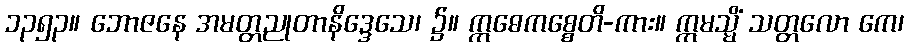
၁၃၅၃။ ဘောဇနေ အမတ္တညုတာနိဒ္ဒေသေ၊ ၌။ ဣဓေကစ္စေတိ-ကား။ ဣမသ္မိံ သတ္တလော ကေ၊